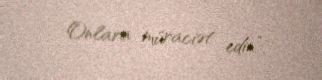
Onlara müraciət edin”.